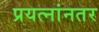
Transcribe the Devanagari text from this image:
प्रयत्नांनतर